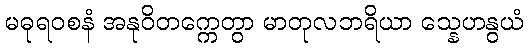
မဓုရဝစနံ အနုဝိတက္ကေတွာ မာတုလဘရိယာ သ္နေဟနွယံ